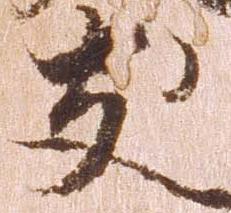
友